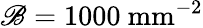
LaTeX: \mathscr{B}=1000~\textrm{{mm}}^{-2}